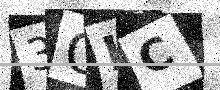
Text: 3OIC